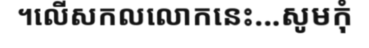
។លើសកលលោកនេះ...សូមកុំ